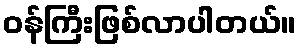
ဝန်ကြီးဖြစ်လာပါတယ်။